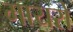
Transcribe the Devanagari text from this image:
मायरो